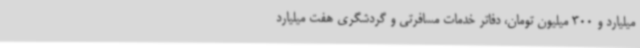
میلیارد و 300 میلیون تومان، دفاتر خدمات مسافرتی و گردشگری هفت میلیارد